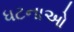
ધટનાઓ